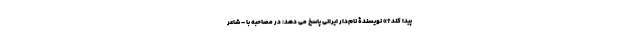
پیدا کند؟» نویسندۀ نام‌دار ایرانی پاسخ می دهد: در مصاحبه با – شاعر